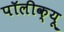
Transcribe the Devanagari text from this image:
पॉलीक्यू